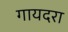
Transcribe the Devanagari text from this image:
गायदरा